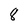
Character: 8